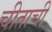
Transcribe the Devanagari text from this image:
चीताची